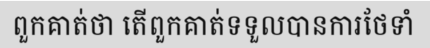
ពួកគាត់ថា តើពួកគាត់ទទួលបានការថែទាំ